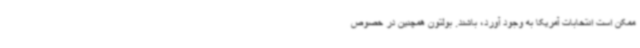
ممکن است انتخابات آمریکا به وجود آورد، باشند. بولتون همچنین در خصوص